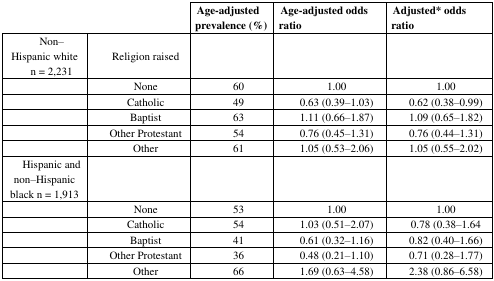
| <COLSPAN=2>  | Age-adjusted prevalence (%) | Age-adjusted odds ratio | Adjusted* odds ratio |
 | --- | --- | --- | --- | --- |
 | Non–Hispanic white n = 2,231 | Religion raised |  |  |  |
 |  | None | 60 | 1.00 | 1.00 |
 |  | Catholic | 49 | 0.63 (0.39–1.03) | 0.62 (0.38–0.99) |
 |  | Baptist | 63 | 1.11 (0.66–1.87) | 1.09 (0.65–1.82) |
 |  | Other Protestant | 54 | 0.76 (0.45–1.31) | 0.76 (0.44–1.31) |
 |  | Other | 61 | 1.05 (0.53–2.06) | 1.05 (0.55–2.02) |
 | Hispanic and non–Hispanic black n = 1,913 |  |  |  |  |
 |  | None | 53 | 1.00 | 1.00 |
 |  | Catholic | 54 | 1.03 (0.51–2.07) | 0.78 (0.38–1.64 |
 |  | Baptist | 41 | 0.61 (0.32–1.16) | 0.82 (0.40–1.66) |
 |  | Other Protestant | 36 | 0.48 (0.21–1.10) | 0.71 (0.28–1.77) |
 |  | Other | 66 | 1.69 (0.63–4.58) | 2.38 (0.86–6.58) |